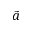
\tilde { a }